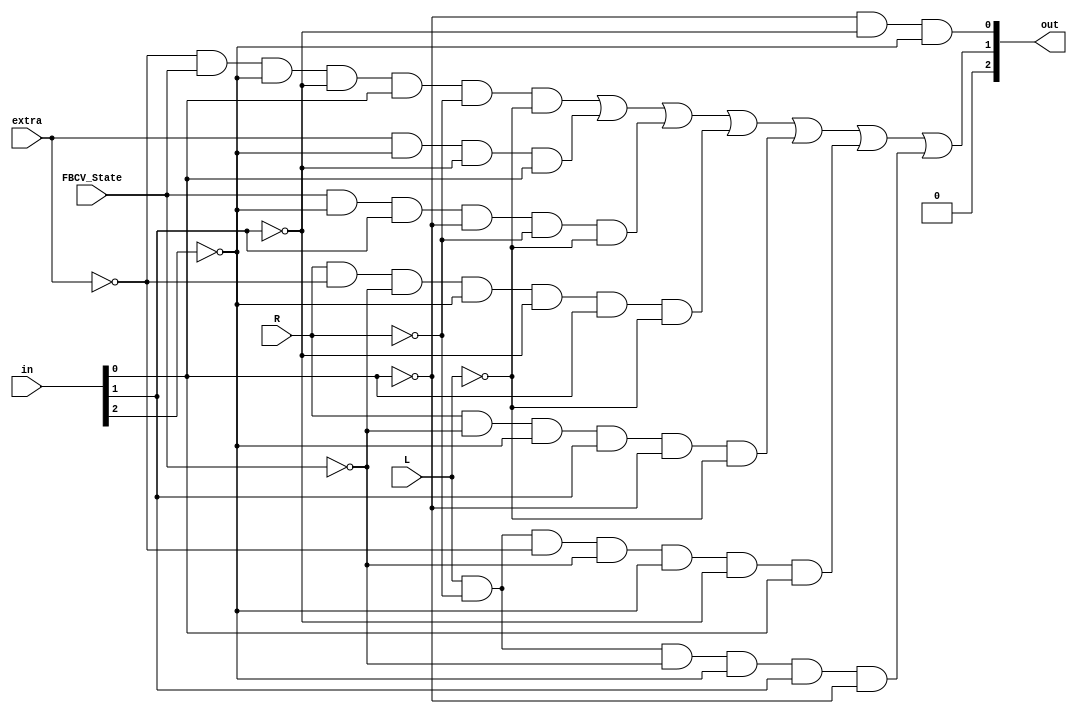
module LNK_COMBLOGSTATE_VERILOG
(
input [2:0] in,
input extra,
input L, //LINKED_LIST 
input R, //RND_STATE
input FBCV_State,
output [2:0] out
);
assign out[0]= ~in[0] & ~in[1] & ~in[2];

assign out[1]= (~extra & FBCV_State & ~in[2] & ~in[1] & in[0] & ~R & ~L) | (extra & ~in[2] & ~in[1] & in[0]) 
| (FBCV_State & ~in[2] & in[1] & ~in[0] & ~R & ~L) | (R & ~extra & ~FBCV_State & ~in[2] & ~in[1] & in[0] & ~L) 
| (R & ~FBCV_State & ~in[2] & in[1] & ~in[0] & ~L) | (L & ~R & ~extra & ~FBCV_State & ~in[2] & ~in[1] & in[0])
| (L & ~R & ~FBCV_State & ~in[2] & in[1] & ~in[0]);

assign out[2]=0;

endmodule